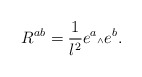
\begin{align*}R^{ab} = \frac{1}{l^2} e^a {\mbox{\tiny $\wedge$}} e^b.\end{align*}